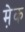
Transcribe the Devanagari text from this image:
मे़क